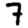
Digit: 7